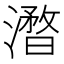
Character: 𣿥